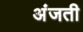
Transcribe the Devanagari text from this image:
अंजती